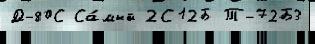
Д-80С Са́мый 2С12Б Т-72Б3